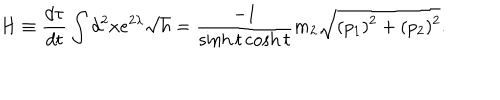
LaTeX: H \equiv \frac { d \tau } { d t } \int d ^ { 2 } x e ^ { 2 \lambda } \sqrt { h } = \frac { - 1 } { \sinh t \cosh t } m _ { 2 } \sqrt { ( p _ { 1 } ) ^ { 2 } + ( p _ { 2 } ) ^ { 2 } } .